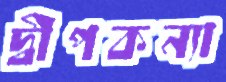
দ্বীপকন্যা